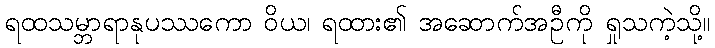
ရထသမ္ဘာရာနုပဿကော ဝိယ၊ ရထား၏ အဆောက်အဦကို ရှုသကဲ့သို့။